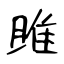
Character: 雎